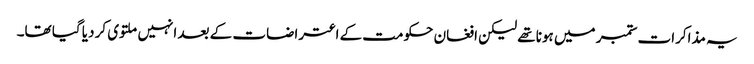
یہ مذاکرات ستمبر میں ہونا تھے لیکن افغان حکومت کے اعتراضات کے بعد انہیں ملتوی کر دیا گیا تھا۔